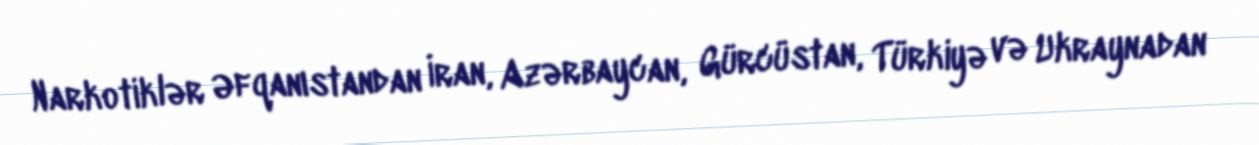
Narkotiklər Əfqanıstandan İran, Azərbaycan, Gürcüstan, Türkiyə və Ukraynadan